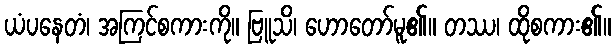
ယံပနေတံ၊ အကြင်စကားကို။ ဗြူသိ၊ ဟောတော်မူ၏။ တဿ၊ ထိုစကား၏။